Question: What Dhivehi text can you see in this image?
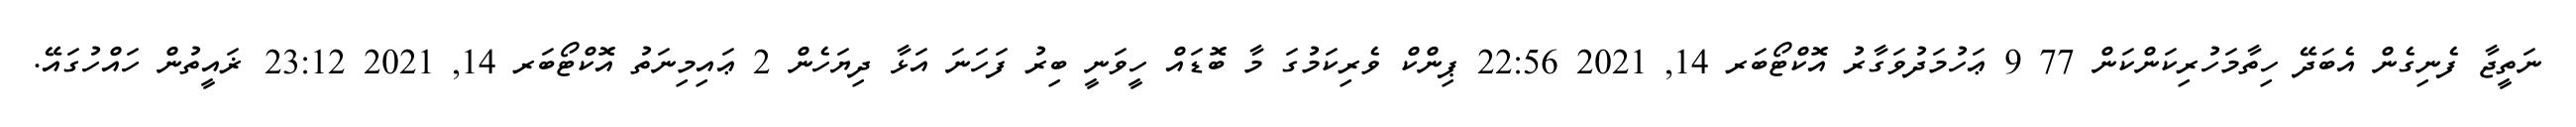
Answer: ނަތީޖާ ފެނިގެން އެބަދޭ ހިތާމަހުރިކަންކަން 77 9 ޢަހުމަދުވަގާރު އޮކްޓޯބަރ 14, 2021 22:56 ޕިންކް ވެރިކަމުގަ މާ ބޮޑައް ހީވަނީ ބިރު ފަހަނަ އަޅާ ދިޔަހެން 2 ޢައިމިނަތު އޮކްޓޯބަރ 14, 2021 23:12 ޜައީތުން ހައްހުގައޭ.